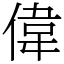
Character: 偉